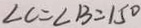
\angle C = \angle B = 1 5 ^ { \circ }